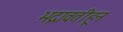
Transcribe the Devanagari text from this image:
भद्रावतीहून